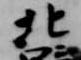
北